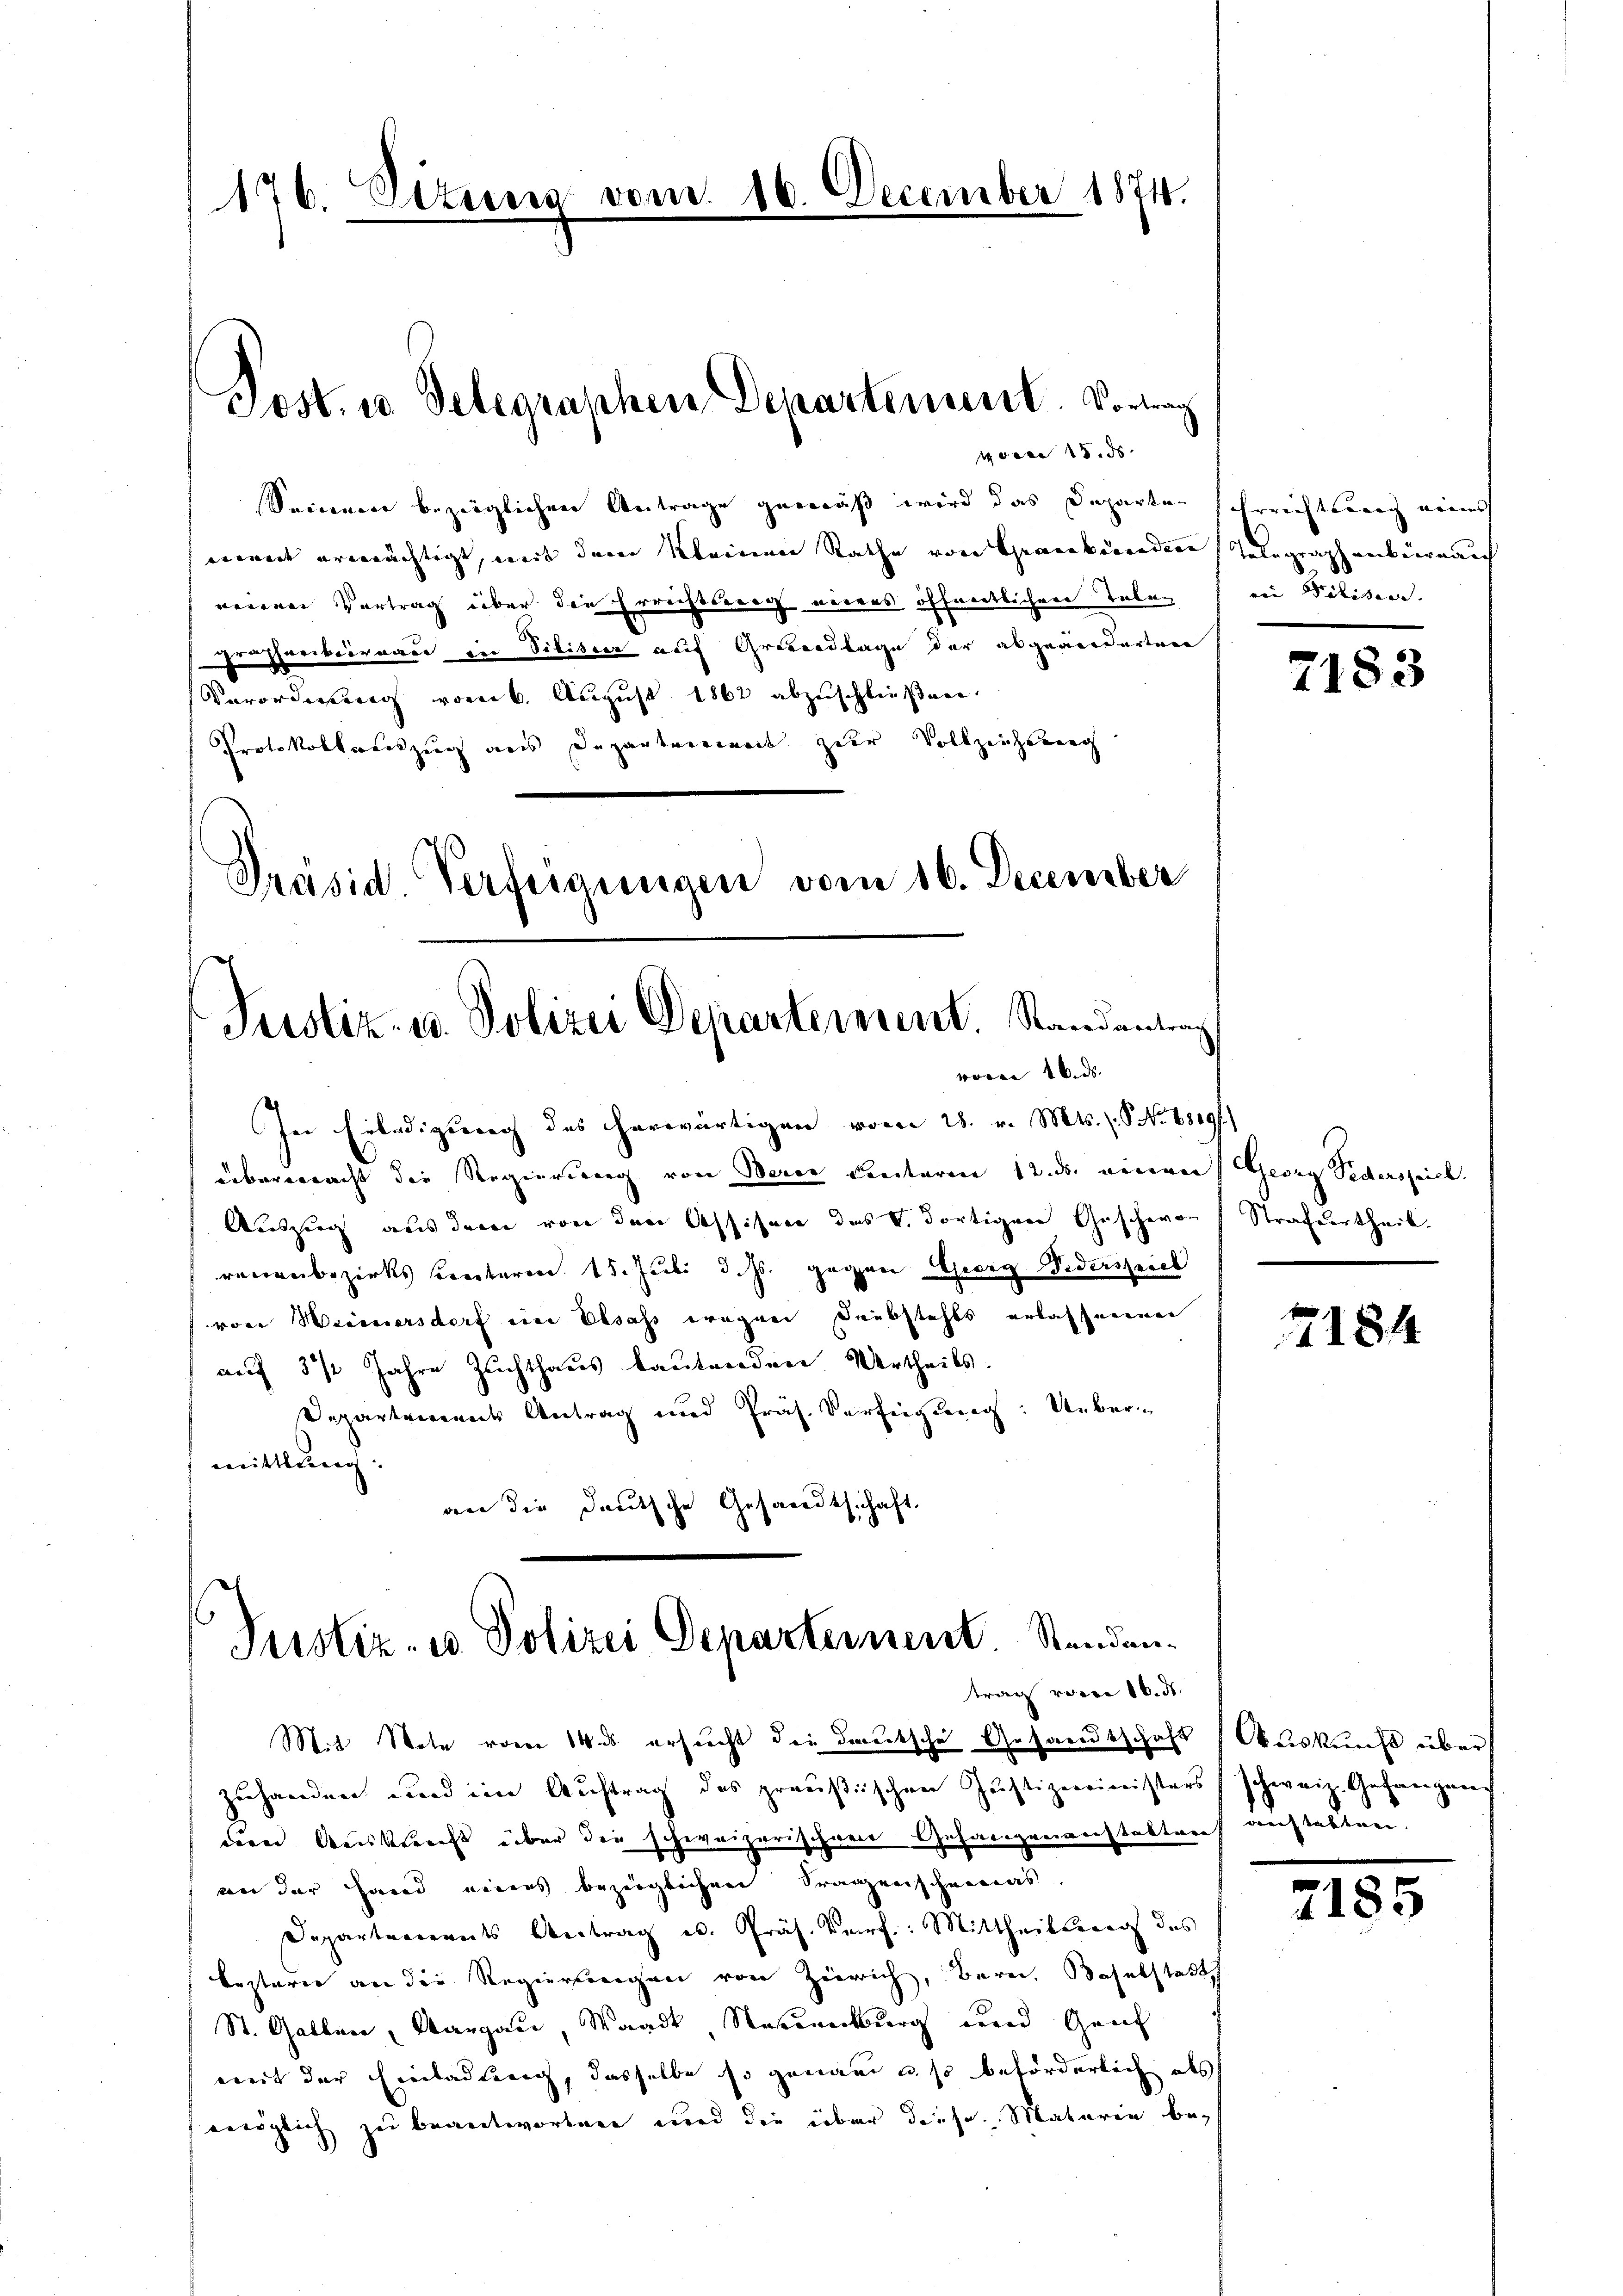
176. Dezung vom 16. December 1874.

Seinem bezüglichen Antrage gemäß wird das Departen schrichtsweg eines
ment ermächtigt, mit dem kleinen Rathe von Graubünden Telegraphenbüreauf
reiden Vertrag über die Errichtsweg niedes öffentlichen Tele¬
Heffenbeinau in Vilisier auf Grundlage der abgeworderten
Verordnung vom 6. August 1862 abzuschließen.
Protokollauszug aus Departemenade zur Vollziehung
Präsid. Verfügungen vom 16. December

Post. in Telegraphen Departement. Vortrag
 15. ds.

Justiz- u. Polizei Departement. Randantrag

woren 1. ds. |

In Erledigung des herwärtigen vom 28. v. Mts. S. Nr. 61191)
übereeracht die Regierung von Berei Lentaren 12. ds. einen
Auszug aus dem von den Affisane des V. dortigen Geschein
reuenbezirks Centaren. 15. Juli d. Js. gegen Georg Viderspiel
von Weisersdorf eine Elsass wegen Daubstahls erlassenenen
auf 3 ½ Jahre Zuchthaus bautenden Urtheils.
Departements Antrag und Präs. Verfügung: Ueber
mittlung:
an die deutsche Gesandtschaft,

Justiz- u. Polizei Departernent. Standentrag vom 16. d.

M.t Note vom 14. ersucht die Deutsche Gesandtschaft
zuhanden und im Auftrag des preußischen Justizministers (schweiz. Gefangen
deren Ausknecht über die schweizerischen Gefäligenverstaltorf auchtabten.
an der Hand eines bezüglichen Fragenscheinas.
Departements Antrag u. Präs. Verf.: Mittheilung des
lesterie an die Regierungen von Zeirich, Bern, Baselstadt,
St. Gallen, Aargau, Waadt, Neuenburg und Gant
weit der Einladung, dasselbe so genaue u. so beförderlich als
möglich zu beantworten und die über diese Materie be¬

rei Pilister. |

7183

Georg Sidersprich.
Strafvertheil.

7184

Auskunft über

7185